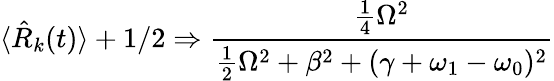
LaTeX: \langle{\hat{R}}_{k}(t)\rangle+1/2\Rightarrow{\frac{{\frac{1}{4}}\Omega^{2}}{{\frac{1}{2}}\Omega^{2}+\beta^{2}+(\gamma+\omega_{1}-\omega_{0})^{2}}}